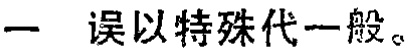
一 误以特殊代一般。